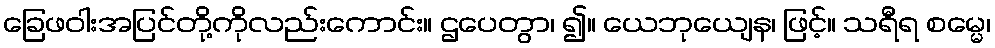
ခြေဖဝါးအပြင်တို့ကိုလည်းကောင်း။ ဌပေတွာ၊ ၍။ ယေဘုယျေန၊ ဖြင့်။ သရီရ စမ္မေ၊